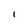
Character: l